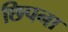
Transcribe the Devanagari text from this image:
छिपना